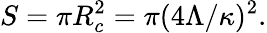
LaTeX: S=\pi R_{c}^{2}=\pi({4\Lambda}/{\kappa})^{2}.